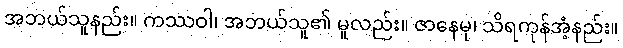
အဘယ်သူနည်း။ ကဿဝါ၊ အဘယ်သူ၏ မူလည်း။ ဇာနေမု၊ သိရကုန်အံ့နည်း။